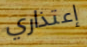
إعتذاري